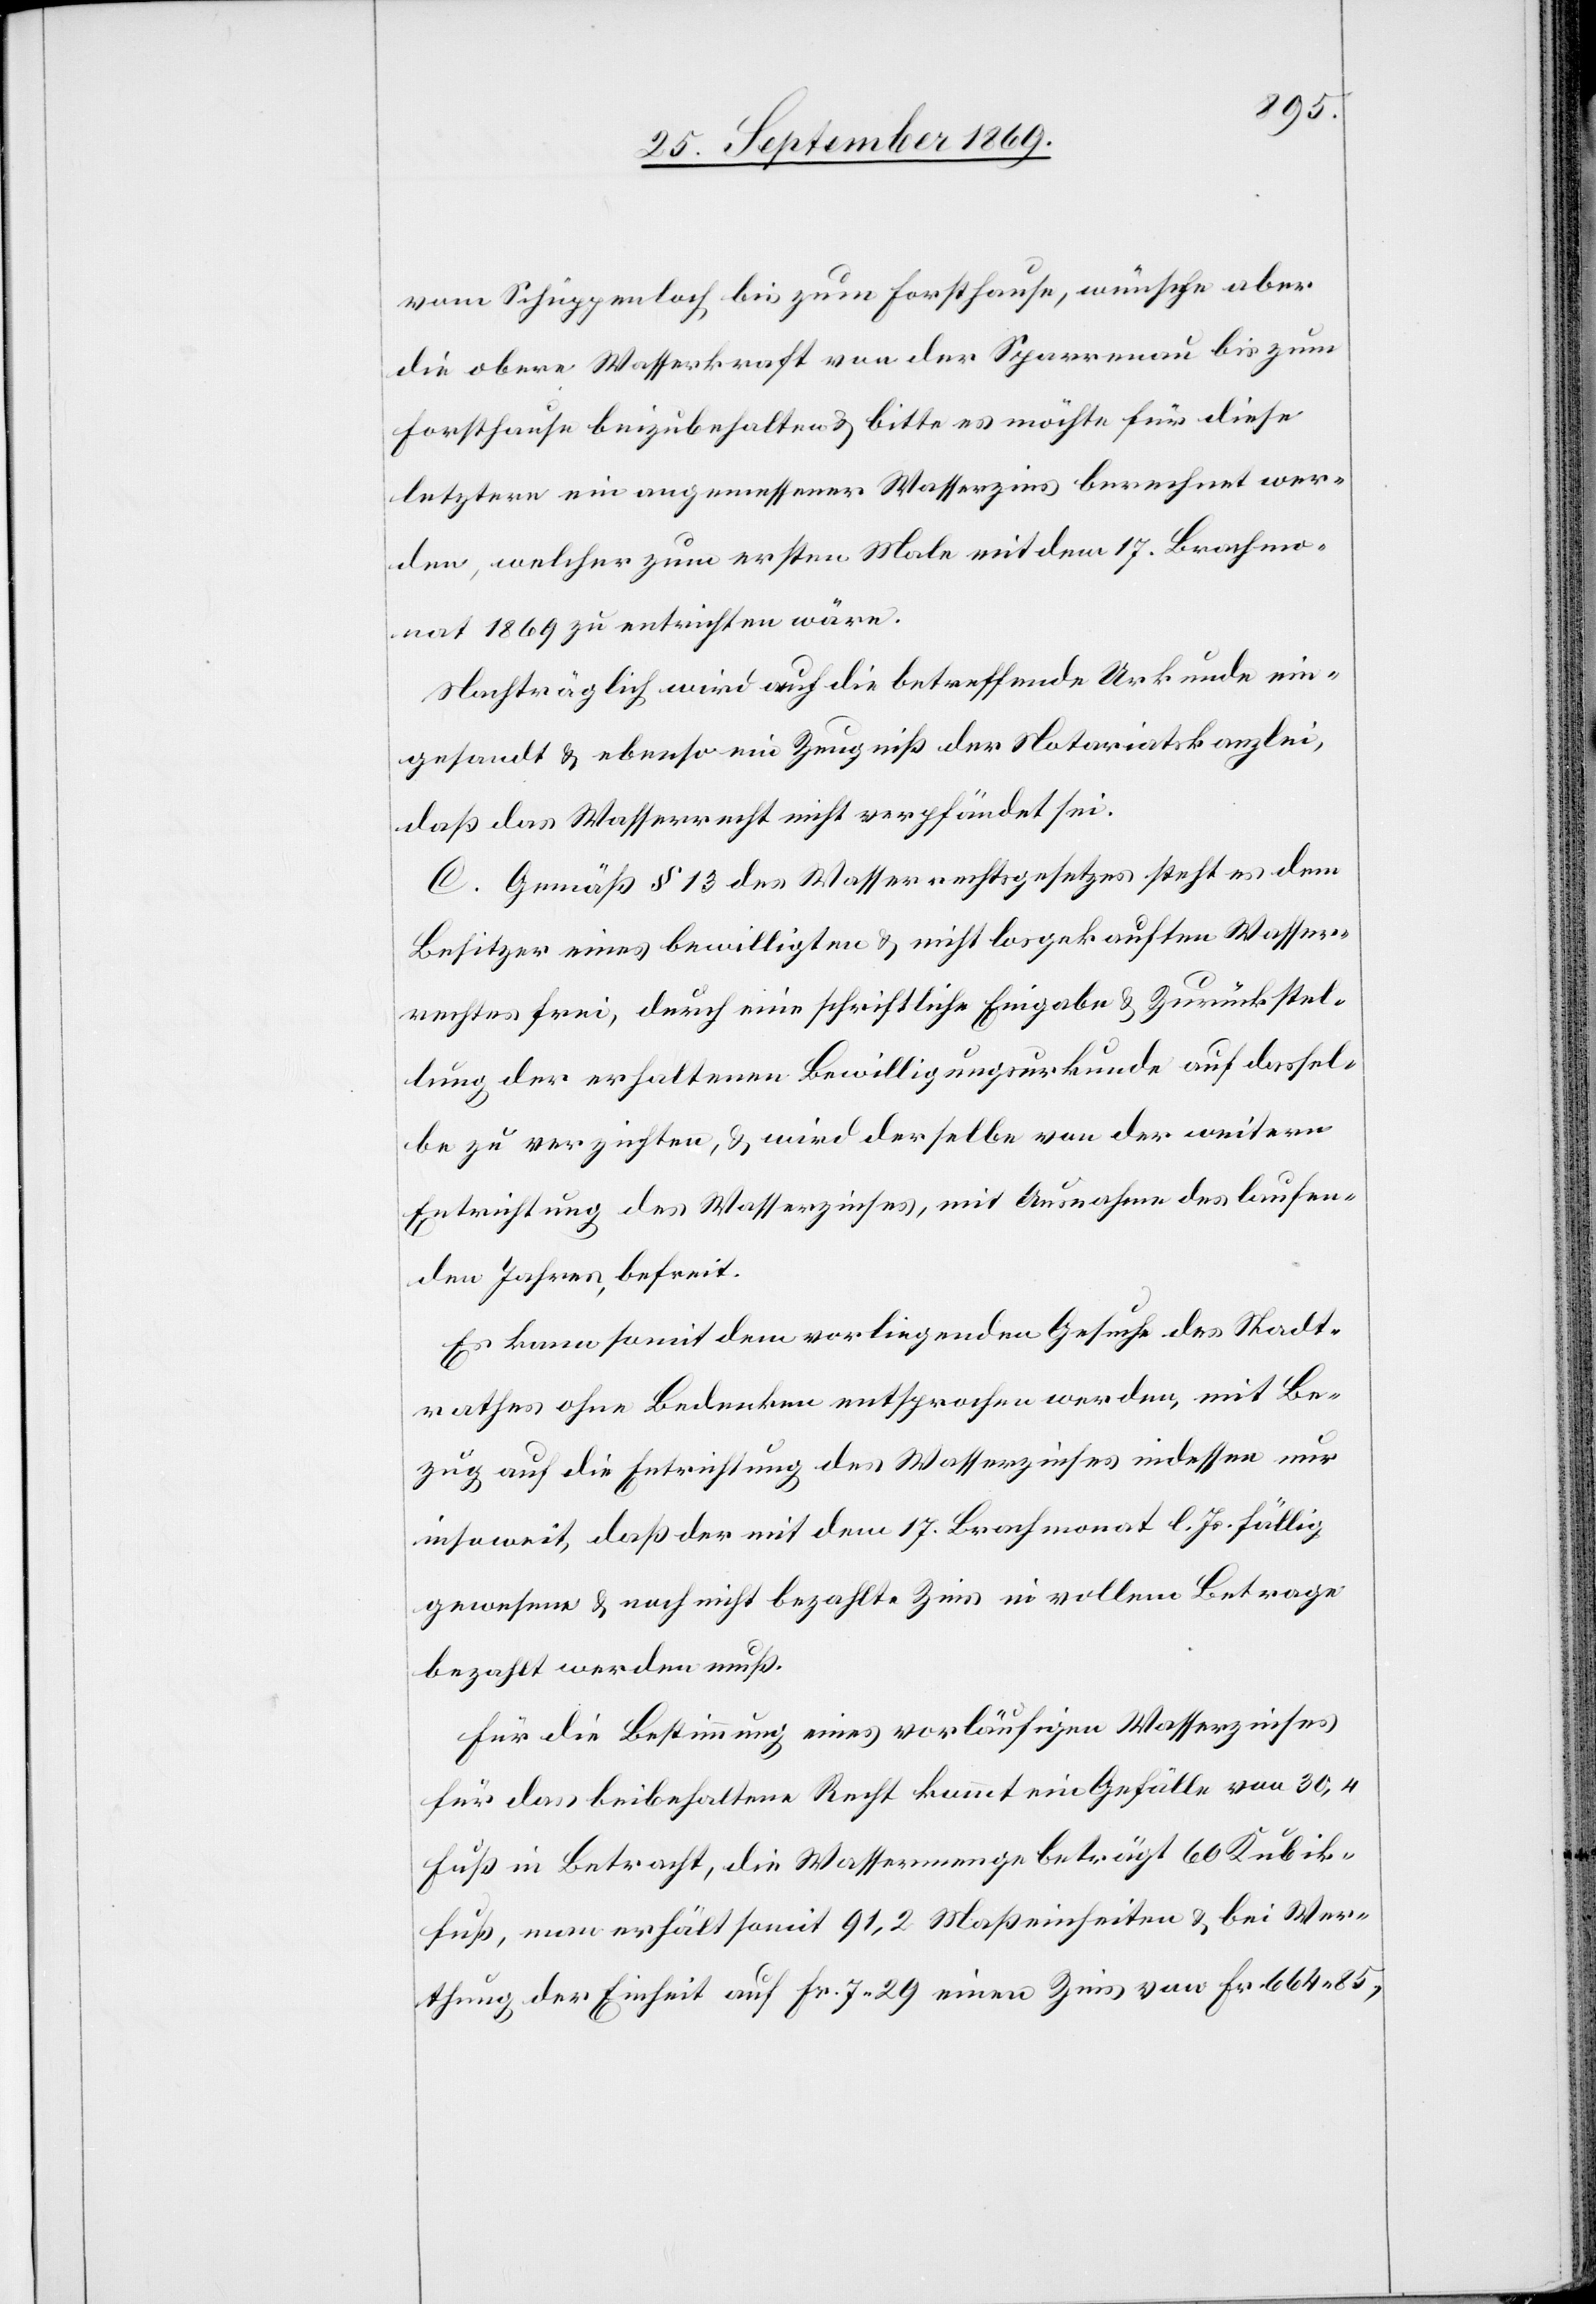
vom Schüppenloch bis zum Forsthause, wünsche aber
die obere Wasserkraft von der Sparrenau bis zum
Forsthause beizubehalten & bitte es möchte für diese
letztere ein angemessener Wasserzins berechnet wer¬
den, welcher zum ersten Male mit dem 17. Brachmo¬
nat 1869 zu entrichten wäre.
Nachträglich wird auch die betreffende Urkunde ein¬
gesandt & ebenso ein Zeugniß der Notariatskanzlei,
daß das Wasserrecht nicht verpfändet sei.
C. Gemäß § 13 des Wasserrechtsgesetzes steht es dem
Besitzer eines bewilligten & nicht losgekauften Wasser¬
rechtes frei, durch eine schriftliche Eingabe & Zurückstel¬
lung der erhaltenen Bewilligungsurkunde auf dassel¬
be zu verzichten, & wird derselbe von der weitern
Entrichtung des Wasserzinses, mit Ausnahme des laufen¬
den Jahres, befreit.
Es kann somit dem vorliegenden Gesuche des Stadt¬
rathes ohne Bedenken entsprochen werden, mit Be¬
zug auf die Entrichtung des Wasserzinses indessen nur
insoweit, daß der mit dem 17. Brachmonat l. Js. fällig
gewesene & noch nicht bezahlte Zins in vollem Betrage
bezahlt werden muß.
Für die Bestimmung eines vorläufigen Wasserzinses
für das beibehaltene Recht kommt ein Gefälle von 30,4
Fuß in Betracht, die Wassermenge beträgt 60 Kubik¬
fuß, man erhält somit 91,2 Maßeinheiten & bei Wer¬
thung der Einheit auf Fr. 7 29 einen Zins von Fr. 664 85,